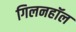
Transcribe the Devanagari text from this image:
गिलनहॉल